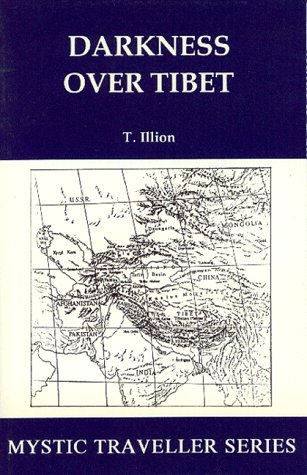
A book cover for Darkness Over Tibet (Mystic Travellers Series); Theodore Illion; Travel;